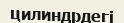
цилиндрдегі